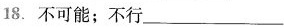
18.不可能；不行___